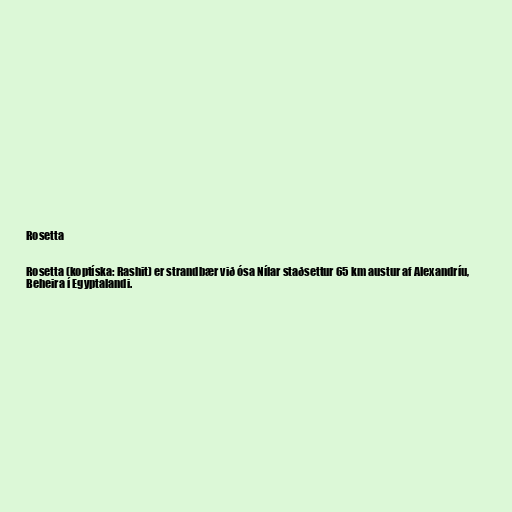
Rosetta

Rosetta (koptíska: Rashit) er strandbær við ósa Nílar staðsettur 65 km austur af Alexandríu,
Beheira í Egyptalandi.